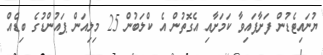
ޔުނައިޓެޑުން ފަށާފައިވާ ކަމަށާއި އެގޮތުން އެ ކްލަބުން 25 މިލިއަން ޕައުންޑުގެ ބިޑެއް